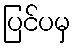
ပြင်ပမှ